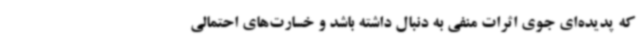
که پدیده‌ای جوی اثرات منفی به دنبال داشته باشد و خسارت‌های احتمالی